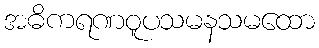
အဓိကရဏဝူပသမနသမထော